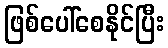
ဖြစ်ပေါ်စေနိုင်ပြီး